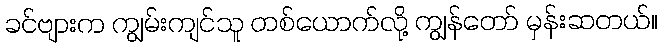
ခင်ဗျားက ကျွမ်းကျင်သူ တစ်ယောက်လို့ ကျွန်တော် မှန်းဆတယ်။